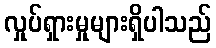
လှုပ်ရှားမှုများရှိပါသည်